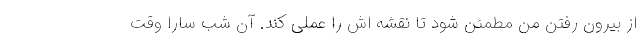
از بیرون رفتن من مطمئن شود تا نقشه اش را عملی کند. آن شب سارا وقت